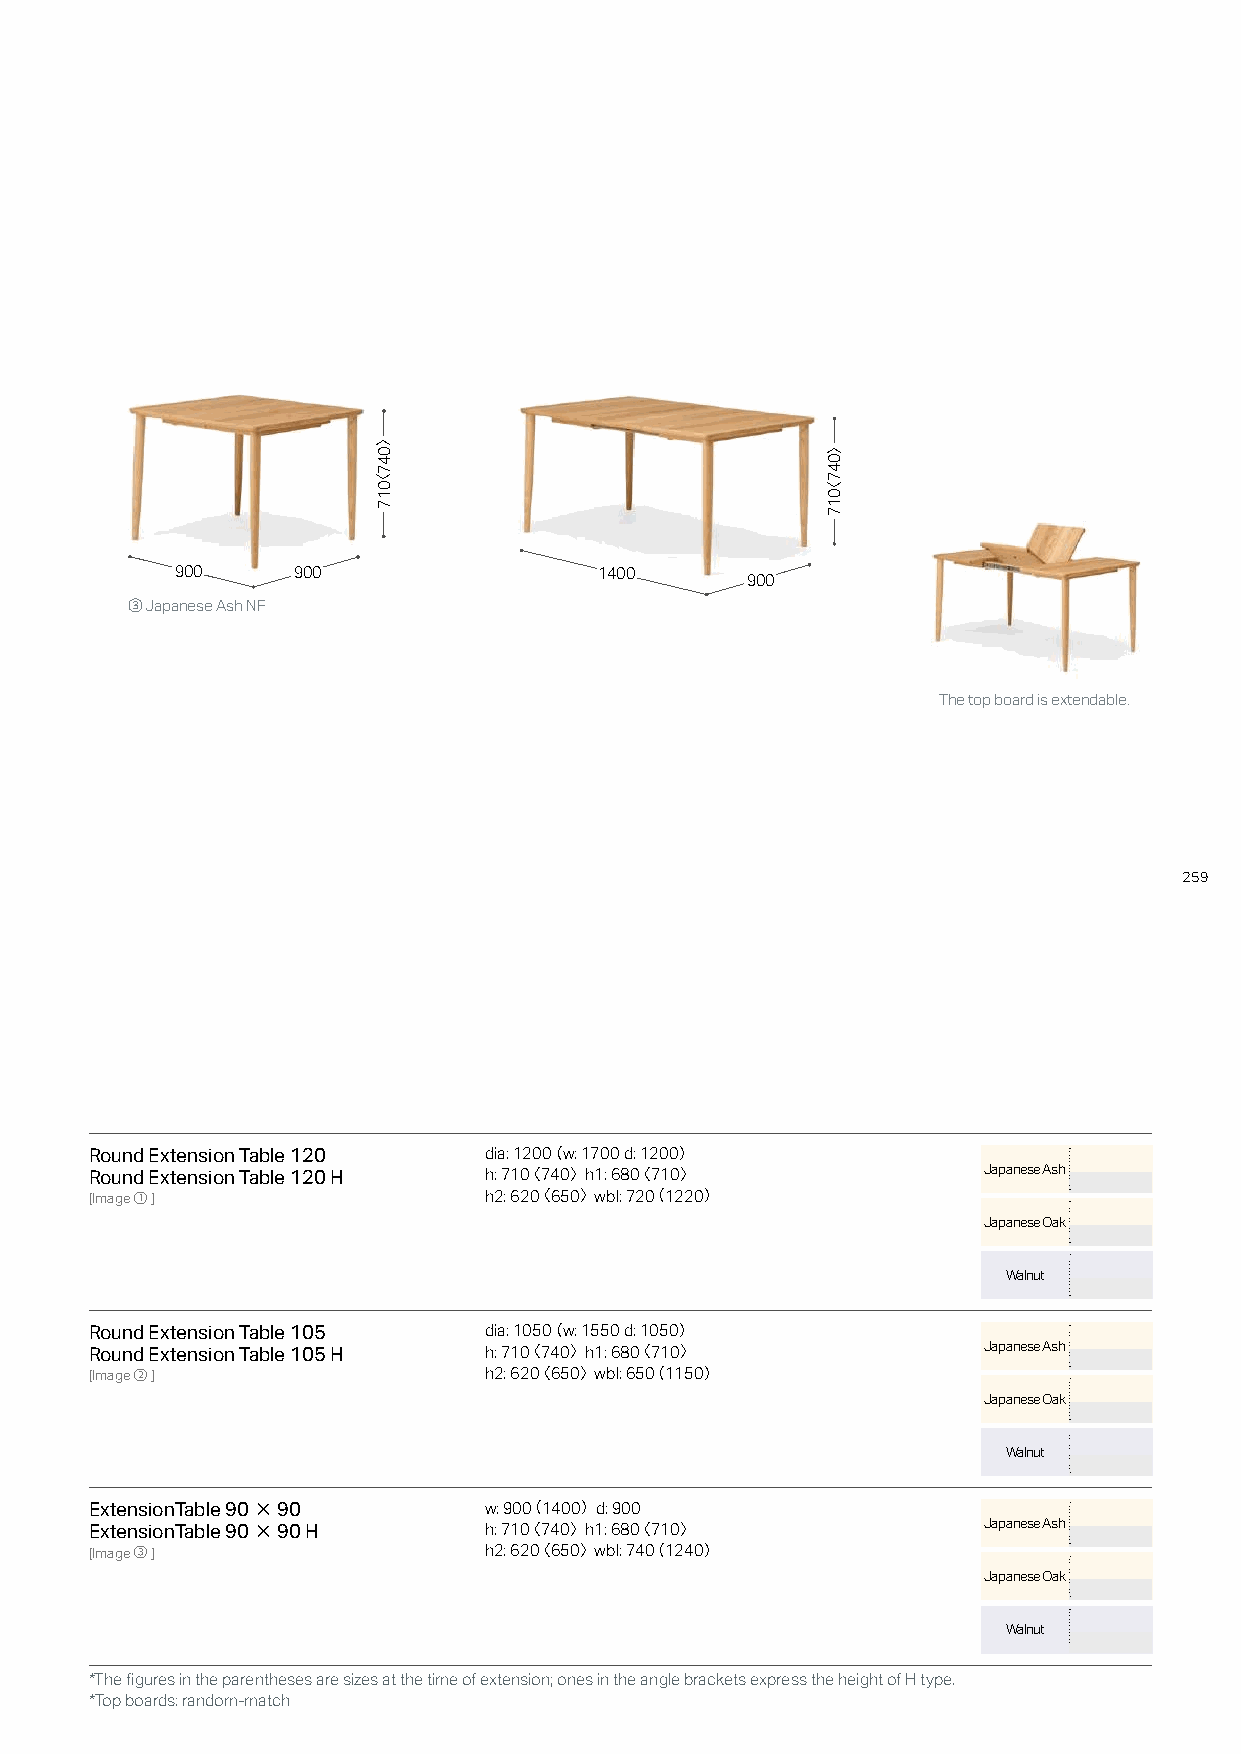
900    900                  1400
 900
 ③ Japanese Ash NF
 The top board is extendable.
 259
 Round Extension Table 120 dia: 1200（ w: 1700 d: 1200）
 Round Extension Table 120 H h: 710〈 740〉 h1: 680〈 710〉     Japanese Ash
 [Image①]                  h2: 620〈 650〉 wbl: 720（ 1220）
 Japanese Oak
 Walnut
 Round Extension Table 105 dia: 1050（ w: 1550 d: 1050）
 Round Extension Table 105 H h: 710〈 740〉 h1: 680〈 710〉     Japanese Ash
 [Image②]                  h2: 620〈 650〉 wbl: 650（ 1150）
 Japanese Oak
 Walnut
 ExtensionTable 90×90      w: 900（ 1400） d: 900
 ExtensionTable 90×90 H    h: 710〈 740〉 h1: 680〈 710〉       Japanese Ash
 [Image③]                  h2: 620〈 650〉 wbl: 740（ 1240）
 Japanese Oak
 Walnut
 *The figures in the parentheses are sizes at the time of extension; ones in the angle brackets express the height of H type.
 *Top boards: random-match
 〉047〈017
 〉047〈017